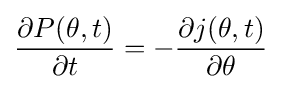
{\partial P(\theta ,t) \over \partial t}=-{\partial j(\theta ,t) \over \partial \theta }